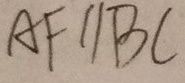
A F / / B C